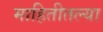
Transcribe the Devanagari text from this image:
माहितीतल्या